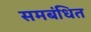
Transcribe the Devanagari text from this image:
समबंधित